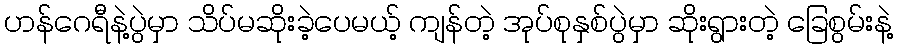
ဟန်ဂေရီနဲ့ပွဲမှာ သိပ်မဆိုးခဲ့ပေမယ့် ကျန်တဲ့ အုပ်စုနှစ်ပွဲမှာ ဆိုးရွားတဲ့ ခြေစွမ်းနဲ့